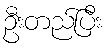
ဦးတည်ပြီး